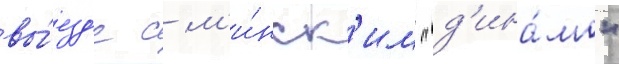
вы́езд'е с м'и́нск'им "д'ина́мо"